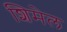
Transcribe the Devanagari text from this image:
शिमेल